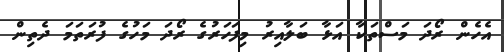
އެހެން ރޯދަ މަސްތަކާ އަޅާ ބަލާއިރު މިފަހަރުގެ ރޯދަ މަހުގެ ފުރަތަމަ ދެތިން